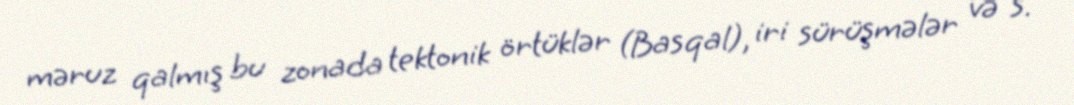
məruz qalmış bu zonada tektonik örtüklər (Basqal), iri sürüşmələr və s.